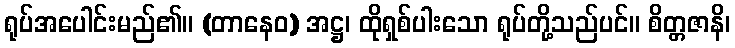
ရုပ်အပေါင်းမည်၏။ (တာနေဝ) အဋ္ဌ၊ ထိုရှစ်ပါးသော ရုပ်တို့သည်ပင်။ စိတ္တဇာနိ၊